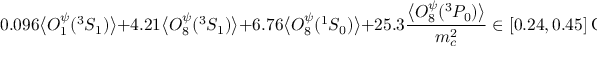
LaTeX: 0 . 0 9 6 \big \langle { \cal O } _ { 1 } ^ { \psi } ( ^ { 3 } S _ { 1 } ) \big \rangle + 4 . 2 1 \big \langle { \cal O } _ { 8 } ^ { \psi } ( { } ^ { 3 } S _ { 1 } ) \big \rangle + 6 . 7 6 \big \langle { \cal O } _ { 8 } ^ { \psi } ( { } ^ { 1 } S _ { 0 } ) \big \rangle + 2 5 . 3 { \frac { \big \langle { \cal O } _ { 8 } ^ { \psi } ( { } ^ { 3 } P _ { 0 } ) \big \rangle } { m _ { c } ^ { 2 } } } \in [ 0 . 2 4 , 0 . 4 5 ] ~ \mathrm { G e V } ^ { 3 } \; ,